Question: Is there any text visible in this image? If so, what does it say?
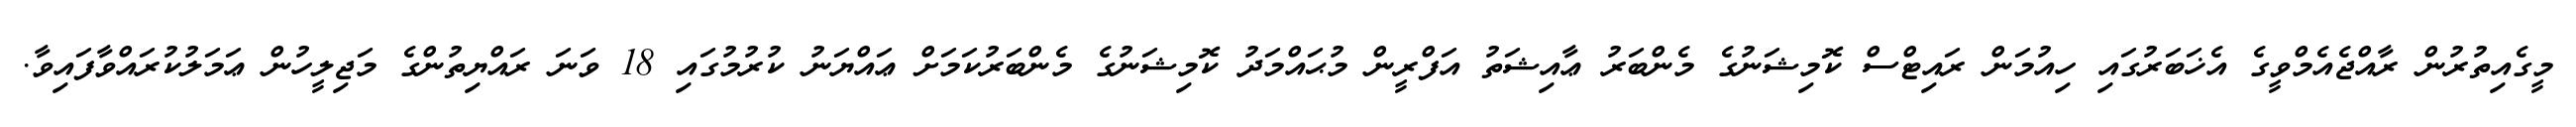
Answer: މީގެއިތުރުން ރާއްޖެއެމްވީގެ އެޚަބަރުގައި ހިއުމަން ރައިޓްސް ކޮމިޝަނުގެ މެންބަރު ޢާއިޝަތު އަފްރީން މުޙައްމަދު ކޮމިޝަނުގެ މެންބަރުކަމަށް ޢައްޔަނު ކުރުމުގައި 18 ވަނަ ރައްޔިތުންގެ މަޖިލީހުން ޢަމަލުކުރައްވާފައިވާ.